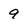
Character: 9